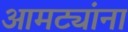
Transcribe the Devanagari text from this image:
आमट्यांना